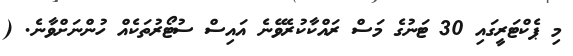
މި ޕެކްޓަރީގައި 30 ޓަނުގެ މަސް ރައްކާކުރެވޭނެ އައިސް ސުޓޯރުތަކެއް ހުންނަށްވާނެ. (